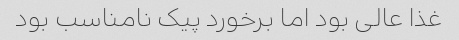
غذا عالی بود اما برخورد پیک نامناسب بود